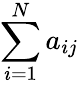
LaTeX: \sum_{i=1}^{N}a_{ij}